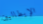
الإيطاليين